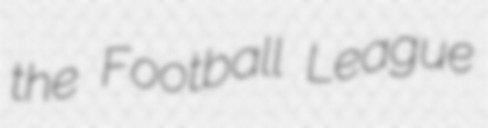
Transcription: the Football League